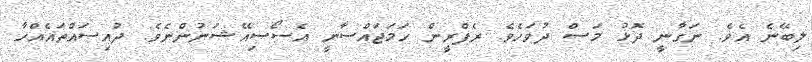
ލިބޭނެ އެވެ. ނަގާނީ ދޮޅު މަސް ދުވަހެވެ. ރެފްރީން ހަމަޖައްސާނީ އެސޯސިއޭޝަނުންނެވެ. ދުއިސައްތައެއްހާ